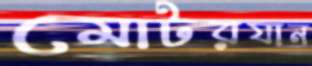
মোটরযান